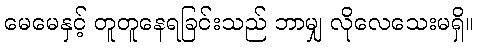
မေမေနှင့် တူတူနေရခြင်းသည် ဘာမျှ လိုလေသေးမရှိ။